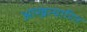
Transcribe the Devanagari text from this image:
आखत्यारित